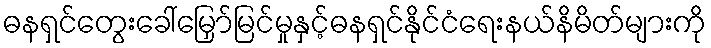
ဓနရှင်တွေးခေါ်မြှော်မြင်မှုနှင့်ဓနရှင်နိုင်ငံရေးနယ်နိမိတ်များကို